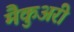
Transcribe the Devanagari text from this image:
मैकुअरी